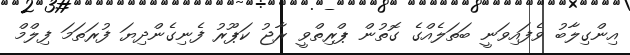
އިންގިލާބު ވެފައިވަނީ ބަތަލެއްގެ ގޮތުން ޕްރިތްވީ ރާޖު ކަޕޫރު ފެނިގެންދިޔަ ފުރަތަމަ ފިލްމް